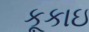
કૂકાઇ